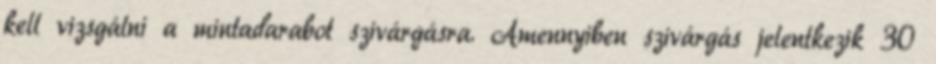
kell vizsgálni a mintadarabot szivárgásra. Amennyiben szivárgás jelentkezik 30